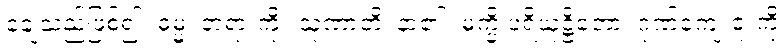
ချေသည်ဖြစ်၍။ ဓမ္မံ၊ တရားကို။ သုဏာတိ၊ နာ၏။ မက္ခိ ပရိယုဋ္ဌိတော၊ ဂုဏ်ကျေးဇူးကို